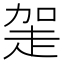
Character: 𧻅